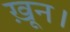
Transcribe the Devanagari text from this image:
ख़ून।